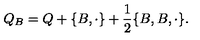
Q _ { B } = Q + \{ B , \cdot \} + \frac 1 2 \{ B , B , \cdot \} .